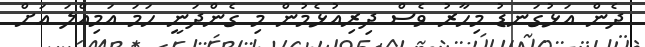
ދެން އަޅުގަނޑު މިހާރު ވެސް ދިރިއުޅެމުން މި ގެންދަނީ ހަމަ އަމިއްލަ އަށް